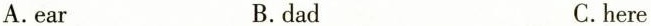
A.ear B.dad C.here